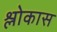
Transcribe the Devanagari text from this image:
श्लोकास